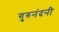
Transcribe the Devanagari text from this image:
गुरुनंदनी